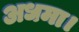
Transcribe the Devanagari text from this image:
अधमा।